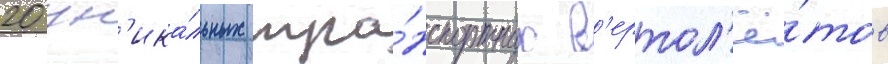
20 ун'ика́льных тра́нспортных в'ертол'ё́тов